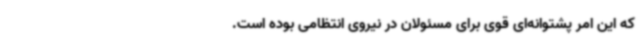
که این امر پشتوانه‌ای قوی برای مسئولان در نیروی انتظامی بوده است.